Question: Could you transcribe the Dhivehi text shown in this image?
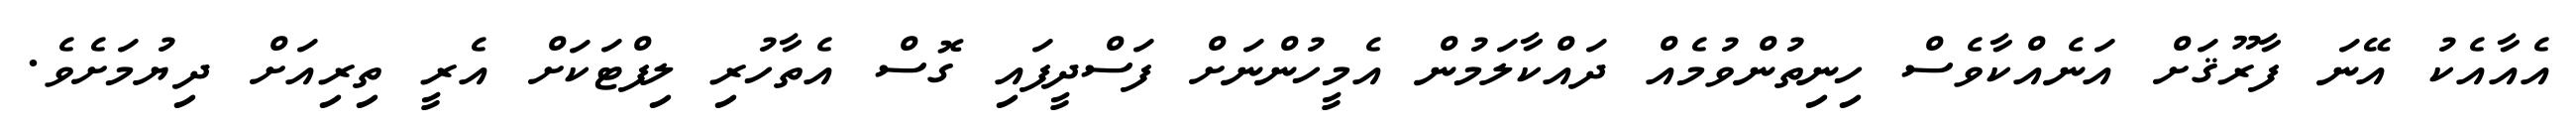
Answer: އެއާއެކު އޭނަ ފާރޫޤަށް އަނެއްކާވެސް ހިނިތުންވުމެއް ދައްކާލަމުން އެމީހުންނަށް ފަސްދީފައި ގޮސް އެތާހުރި ލިފްޓަކަށް އެރީ ތިރިއަށް ދިޔުމަށެވެ.